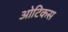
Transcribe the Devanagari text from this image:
ओटिकस